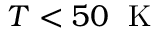
T < 5 0 \; \mathrm { ~ K ~ }